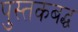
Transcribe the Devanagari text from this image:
पुस्तकबद्ध